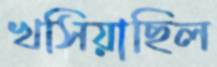
খসিয়াছিল